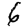
Digit: 6